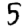
Digit: 5